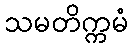
သမတိက္ကမံ